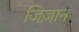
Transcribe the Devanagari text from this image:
जिज़ान